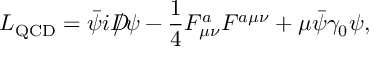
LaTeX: { \cal L } _ { \mathrm { Q C D } } = \bar { \psi } i D \! \! \! \! / \psi - { \frac { 1 } { 4 } } F _ { \mu \nu } ^ { a } F ^ { a \mu \nu } + \mu \bar { \psi } \gamma _ { 0 } \psi ,